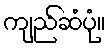
ကျည်ဆံပုံ။